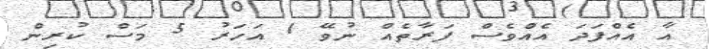
އާ އެއްފަދަ އެެއްވެސް ފަރާތެއް ނުވޭ 1 އަހަރު 5 މަސް ކުރިން